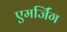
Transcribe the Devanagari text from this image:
एमर्जिंग